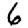
Digit: 6